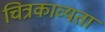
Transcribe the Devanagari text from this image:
चित्रकाव्यता